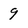
Character: 9